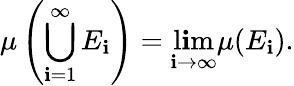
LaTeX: \mu\left(\bigcup_{\mathbf{i}=1}^{\infty}E_{\mathbf{i}}\right)=\operatorname*{l\mathbf{i}m}_{\mathbf{i}\to\infty}\mu(E_{\mathbf{i}}).